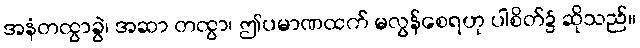
အနံတထွာခွဲ၊ အဆာ တထွာ၊ ဤပမာဏထက် မလွန်စေရဟု ပါစိတ်၌ ဆိုသည်။